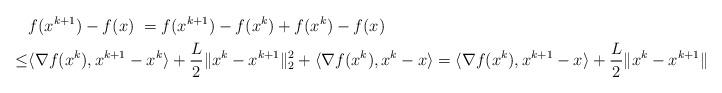
LaTeX: \begin{align*} &f(x^{k+1})-f(x) \ = f(x^{k+1})-f(x^k)+f(x^k)-f(x) \\ \ \leq &\langle \nabla f(x^k),x^{k+1}-x^k \rangle +\frac{L}{2}\|x^k-x^{k+1}\|_2^2+\langle \nabla f(x^k),x^{k}-x \rangle =\langle \nabla f(x^k),x^{k+1}-x\rangle +\frac{L}{2}\|x^k-x^{k+1}\|_2^2 \ , \end{align*}